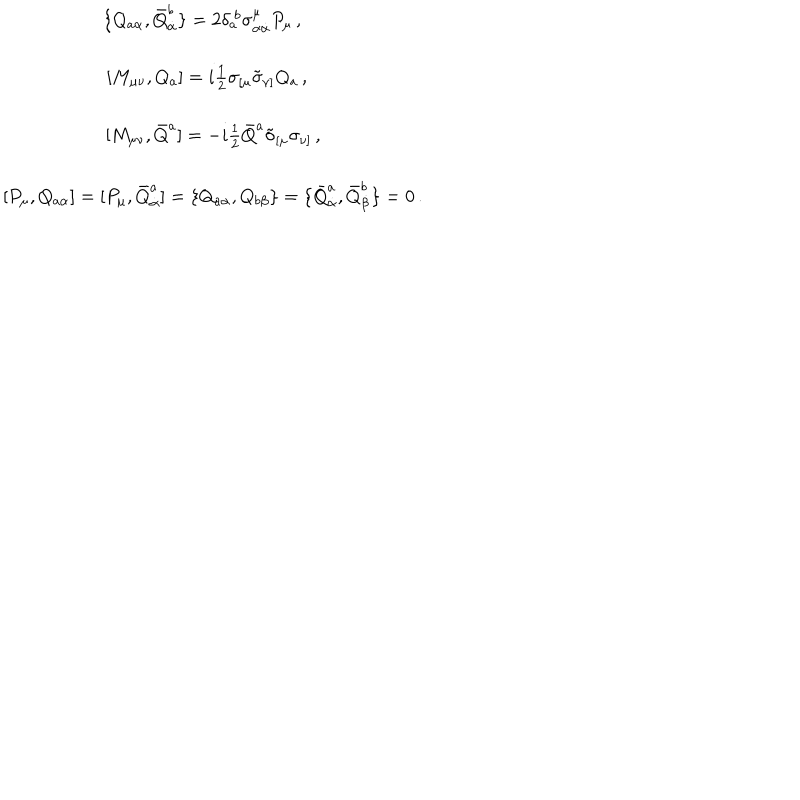
\begin{array} { c } { { \{ Q _ { a \alpha } , \bar { Q } _ { \dot { \alpha } } ^ { b } \} = 2 \delta _ { a } ^ { ~ b } \sigma _ { \alpha \dot { \alpha } } ^ { \mu } P _ { \mu } \, , ~ } } \\ { { { } } } \\ { { { } [ M _ { \mu \nu } , Q _ { a } ] = i \textstyle { \frac { 1 } { 2 } } \sigma _ { [ \mu } \tilde { \sigma } _ { \nu ] } Q _ { a } \, , ~ ~ } } \\ { { { } } } \\ { { { } [ M _ { \mu \nu } , \bar { Q } ^ { a } ] = - i \textstyle { \frac { 1 } { 2 } } \bar { Q } ^ { a } \tilde { \sigma } _ { [ \mu } \sigma _ { \nu ] } \, , } } \\ { { { } } } \\ { { { } [ { P } _ { \mu } , Q _ { a \alpha } ] = [ P _ { \mu } , \bar { Q } _ { \dot { \alpha } } ^ { a } ] = \{ Q _ { a \alpha } , Q _ { b \beta } \} = \{ \bar { Q } _ { \dot { \alpha } } ^ { a } , \bar { Q } _ { \dot { \beta } } ^ { b } \} = 0 \, . } } \\ \end{array}